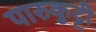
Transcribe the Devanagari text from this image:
पारुकुट्टी